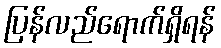
ပြန်လည်ရောက်ရှိရန်